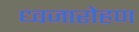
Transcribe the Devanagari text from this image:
ध्‍वजारोहण